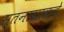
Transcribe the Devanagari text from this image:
स्तनाग्राकडे